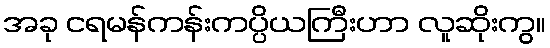
အခု ငရမန်ကန်းကပ္ပိယကြီးဟာ လူဆိုးကွ။